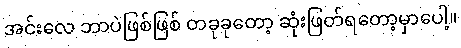
အင်းလေ ဘာပဲဖြစ်ဖြစ် တခုခုတော့ ဆုံးဖြတ်ရတော့မှာပေါ့။